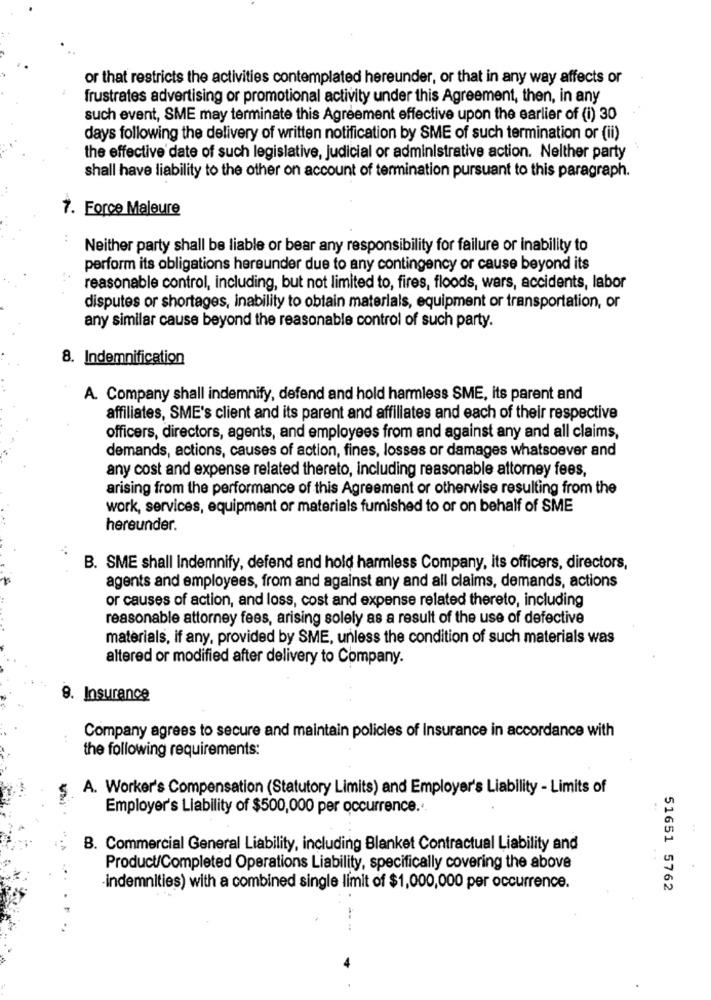
or that restricts the activities contemplated hereunder, or that in any way affects or
frustrates advertising or promotional activity under this Agreement, then, in any
such event, SME may terminate this Agreement effective upon the earlier of (i) 30
days following the delivery of written notification by SME of such termination or (ii)
the effective date of such legislative, judicial or administrative action. Neither party
shall have liability to the other on account of termination pursuant to this paragraph.
7. Force Majeure
Neither party shall be liable or bear any responsibility for failure or inability to
perform its obligations hereunder due to any contingency or cause beyond its
reasonable control, including, but not limited to, fires, floods, wars, accidents, labor
disputes or shortages, inability to obtain materials, equipment or transportation, or
any similar cause beyond the reasonable control of such party.
8. Indemnification
A. Company shall indemnify, defend and hold harmless SME, its parent and
affiliates, SME's client and its parent and affiliates and each of their respective
officers, directors, agents, and employees from and against any and all claims,
demands, actions, causes of action, fines, losses or damages whatsoever and
any cost and expense related thereto, including reasonable attorney fees,
arising from the performance of this Agreement or otherwise resulting from the
work, services, equipment or materials furnished to or on behalf of SME
hereunder.
B. SME shall Indemnify, defend and hold harmless Company, its officers, directors,
agents and employees, from and against any and all claims, demands, actions
or causes of action, and loss, cost and expense related thereto, including
reasonable attorney fees, arising solely as a result of the use of defective
materials, if any, provided by SME, unless the condition of such materials was
altered or modified after delivery to Company.
9. Insurance
Company agrees to secure and maintain policies of Insurance in accordance with
the following requirements:
A. Worker's Compensation (Statutory Limits) and Employer's Liability - Limits of
Employer's Liability of $500,000 per occurrence ...
B. Commercial General Liability, including Blanket Contractual Liability and
Product/Completed Operations Liability, specifically covering the above
indemnities) with a combined single limit of $1,000,000 per occurrence.
51651 5762